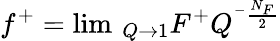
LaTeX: f^{+}=\operatorname*{lim}\, _{Q\rightarrow 1}F^{+}Q^{^{-}\frac{N_{F}}2}